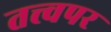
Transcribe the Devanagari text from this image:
तत्त्वपर